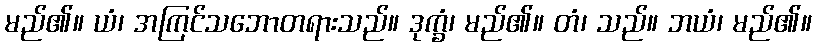
မည်၏။ ယံ၊ အကြင်သဘောတရားသည်။ ဒုက္ခံ၊ မည်၏။ တံ၊ သည်။ ဘယံ၊ မည်၏။